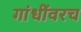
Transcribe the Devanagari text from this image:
गांधींवरच